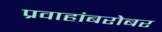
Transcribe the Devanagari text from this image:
प्रवाहांबरोबर